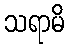
သရာမိ